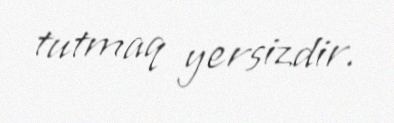
tutmaq yersizdir.